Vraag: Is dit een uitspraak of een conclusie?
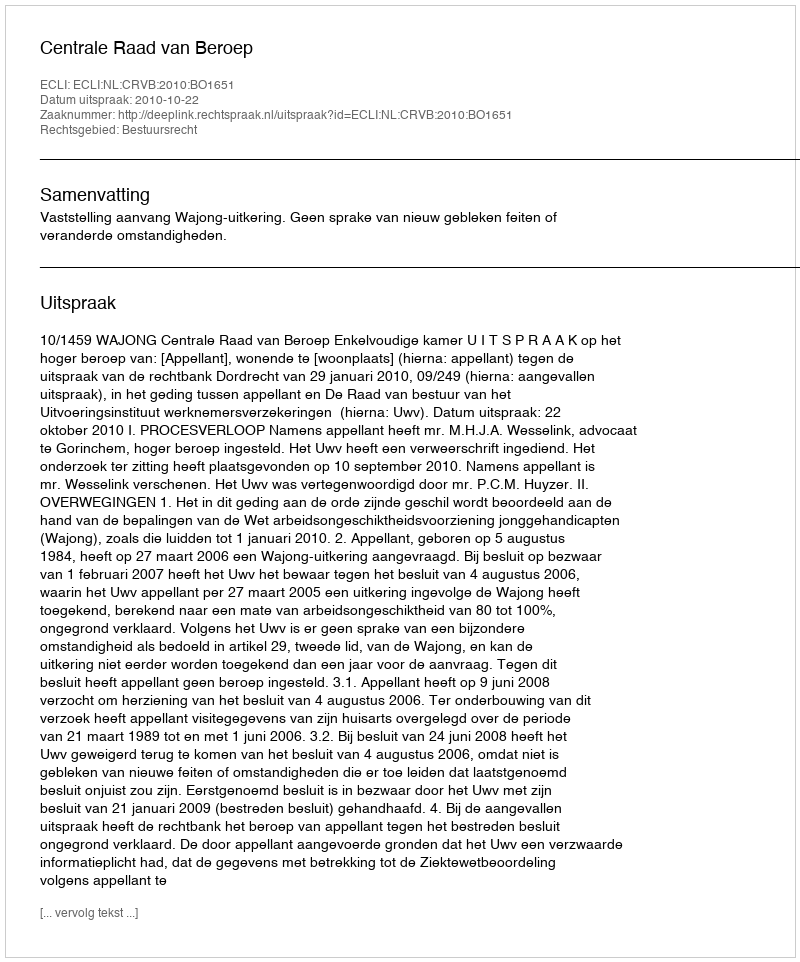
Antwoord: Uitspraak